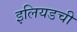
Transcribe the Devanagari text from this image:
इलियडची